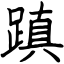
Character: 蹎